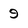
Character: 9